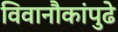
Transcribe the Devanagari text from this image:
विवानौकांपुढे